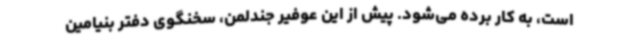
است، به کار برده می‌شود. پیش از این عوفیر جندلمن، سخنگوی دفتر بنیامین